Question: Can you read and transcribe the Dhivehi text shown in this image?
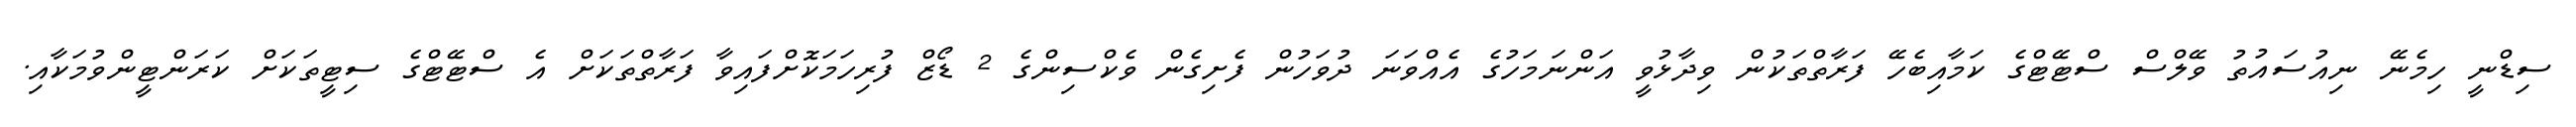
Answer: ސިޑްނީ ހިމެނޭ ނިއުސައުތު ވޭލްސް ސްޓޭޓްގެ ކަމާއިބެހޭ ފަރާތްތަކުން ވިދާޅުވީ އަންނަމަހުގެ އެއްވަނަ ދުވަހުން ފެށިގެން ވެކްސިންގެ 2 ޑޯޒް ފުރިހަމަކޮށްފައިވާ ފަރާތްތަކަށް އެ ސްޓޭޓްގެ ސިޓީތަކަށް ކަރަންޓީންވުމަކާއި.